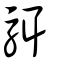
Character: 駬